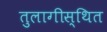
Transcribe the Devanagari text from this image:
तुलागीस्थित